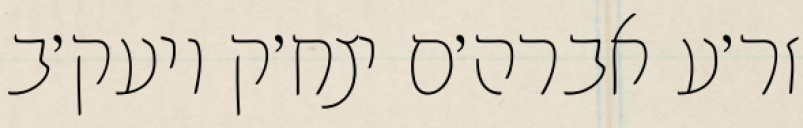
זר׳ע אברה׳ם יצח׳ק ויעק׳ב